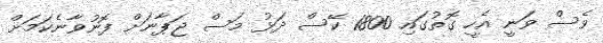
ވެސް ވަނީ އެހީ ގޮތުގައި 1800 ކޭސް ދަޅު މަސް ޖަޕާނަށް ފޮނުވާނެކަމަށް